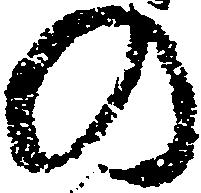
の